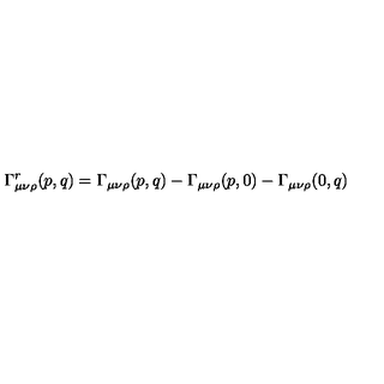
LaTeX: \Gamma _ { \mu \nu \rho } ^ { r } ( p , q ) = \Gamma _ { \mu \nu \rho } ( p , q ) - \Gamma _ { \mu \nu \rho } ( p , 0 ) - \Gamma _ { \mu \nu \rho } ( 0 , q )